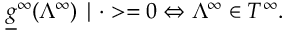
\underline { { { g } } } ^ { \infty } ( \Lambda ^ { \infty } ) \mid \cdot > = 0 \Leftrightarrow \Lambda ^ { \infty } \in T ^ { \infty } .